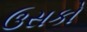
ઉસકો